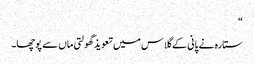
“
ستارہ نے پانی کے گلاس میں تعویذ گھولتی ماں سے پوچھا۔